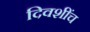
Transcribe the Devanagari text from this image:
दिवशींच